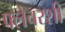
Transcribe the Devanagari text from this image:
फ्लेचरशी